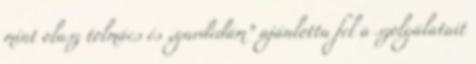
mint olasz tolmács és „gardedám” ajánlotta fel a szolgálatait